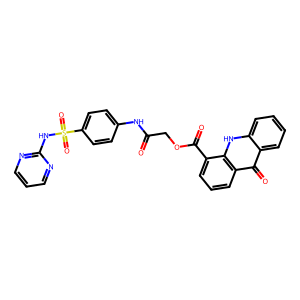
SMILES: O=C(COC(=O)c1cccc2c(=O)c3ccccc3[nH]c12)Nc1ccc(S(=O)(=O)Nc2ncccn2)cc1
Inhibits HIV replication: No